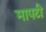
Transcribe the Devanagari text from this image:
मापटी